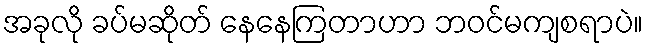
အခုလို ခပ်မဆိုတ် နေနေကြတာဟာ ဘဝင်မကျစရာပဲ။